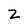
Character: z